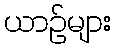
ယာဉ်များ